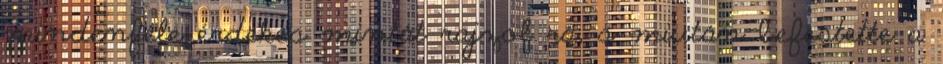
mindenféle érdekes mintát rajzol rá, s miután befestette a